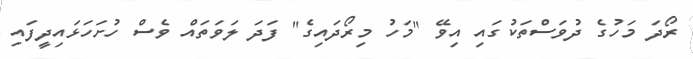
ރޯދަ މަހުގެ ދުވަސްތަކުގައި އިވޭ "މަހު މިރޯދައިގެ" ފަދަ ލަވަތައް ވެސް ހުށަހަޅައިދީފައި